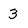
Character: 3